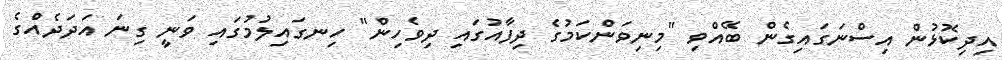
އިދިކޮޅުން އިސްނަގައިގެން ބޭއްވި "މިނިވަންކަމުުގެ ދިފާއުގައި ދިވެހިން" ހިނގައިލުމުގައި ވަނީ ގިނަ އަދަދެއްގެ